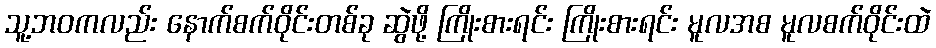
သူ့ဘဝကလည်း နောက်စက်ဝိုင်းတစ်ခု ဆွဲဖို့ ကြိုးစားရင်း ကြိုးစားရင်း မူလအစ မူလစက်ဝိုင်းထဲ